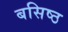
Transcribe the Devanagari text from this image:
बसिष्ठ